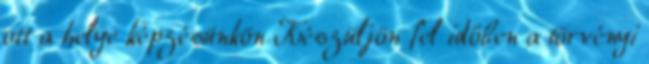
ott a helye képzésünkön Készüljön fel időben a törvényi